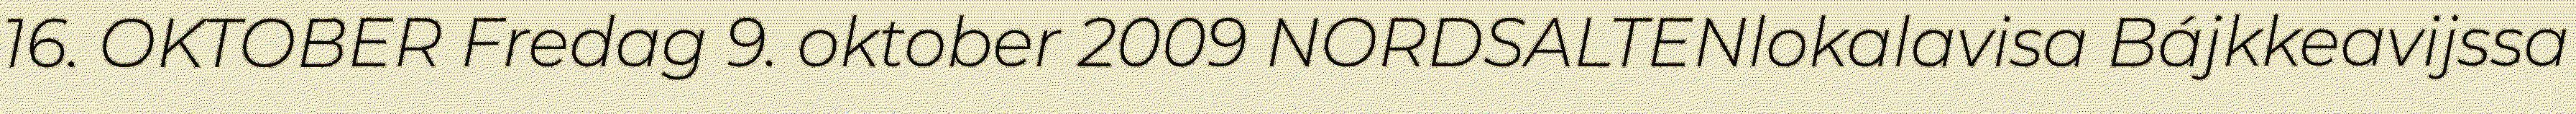
16. OKTOBER Fredag 9. oktober 2009 NORDSALTENlokalavisa Bájkkeavijssa